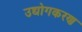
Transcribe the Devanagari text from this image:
उद्योगकरण